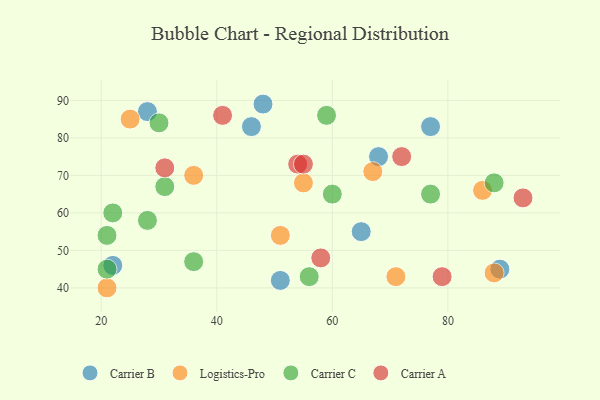
{"axis": {"x": "GDP", "y": "Life Expectancy"}, "legend": ["Carrier A", "Carrier B", "Carrier C", "Logistics-Pro"], "data": [{"x": "48", "y": 89, "type": "Carrier B"}, {"x": "51", "y": 42, "type": "Carrier B"}, {"x": "28", "y": 87, "type": "Carrier B"}, {"x": "89", "y": 45, "type": "Carrier B"}, {"x": "22", "y": 46, "type": "Carrier B"}, {"x": "68", "y": 75, "type": "Carrier B"}, {"x": "65", "y": 55, "type": "Carrier B"}, {"x": "77", "y": 83, "type": "Carrier B"}, {"x": "46", "y": 83, "type": "Carrier B"}, {"x": "25", "y": 85, "type": "Logistics-Pro"}, {"x": "71", "y": 43, "type": "Logistics-Pro"}, {"x": "88", "y": 44, "type": "Logistics-Pro"}, {"x": "67", "y": 71, "type": "Logistics-Pro"}, {"x": "86", "y": 66, "type": "Logistics-Pro"}, {"x": "55", "y": 68, "type": "Logistics-Pro"}, {"x": "36", "y": 70, "type": "Logistics-Pro"}, {"x": "21", "y": 40, "type": "Logistics-Pro"}, {"x": "51", "y": 54, "type": "Logistics-Pro"}, {"x": "28", "y": 58, "type": "Carrier C"}, {"x": "60", "y": 65, "type": "Carrier C"}, {"x": "21", "y": 54, "type": "Carrier C"}, {"x": "59", "y": 86, "type": "Carrier C"}, {"x": "30", "y": 84, "type": "Carrier C"}, {"x": "31", "y": 67, "type": "Carrier C"}, {"x": "21", "y": 45, "type": "Carrier C"}, {"x": "88", "y": 68, "type": "Carrier C"}, {"x": "22", "y": 60, "type": "Carrier C"}, {"x": "56", "y": 43, "type": "Carrier C"}, {"x": "36", "y": 47, "type": "Carrier C"}, {"x": "77", "y": 65, "type": "Carrier C"}, {"x": "79", "y": 43, "type": "Carrier A"}, {"x": "93", "y": 64, "type": "Carrier A"}, {"x": "41", "y": 86, "type": "Carrier A"}, {"x": "58", "y": 48, "type": "Carrier A"}, {"x": "54", "y": 73, "type": "Carrier A"}, {"x": "31", "y": 72, "type": "Carrier A"}, {"x": "55", "y": 73, "type": "Carrier A"}, {"x": "72", "y": 75, "type": "Carrier A"}]}